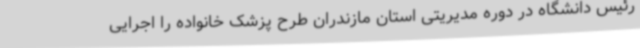
رئیس دانشگاه در دوره مدیریتی استان مازندران طرح پزشک خانواده را اجرایی